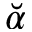
\breve { \alpha }